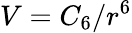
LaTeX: V=C_{6}/r^{6}